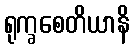
ရုက္ခစေတိယာနိ